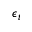
\epsilon _ { t }